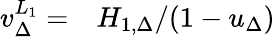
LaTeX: \begin{array}{rl}{v_{\Delta}^{L_{1}}=}&{{}H_{1,\Delta}/(1-u_{\Delta})}\end{array}